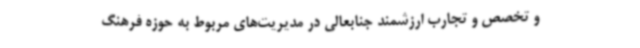
و تخصص و تجارب ارزشمند جنابعالی در مدیریت‌های مربوط به حوزه فرهنگ